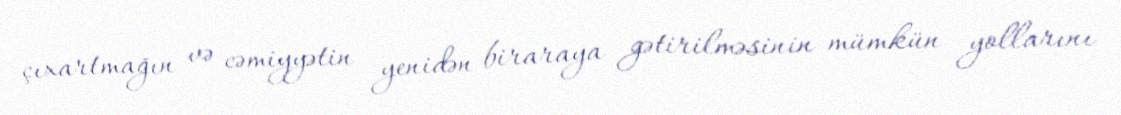
çıxartmağın və cəmiyyətin yenidən biraraya gətirilməsinin mümkün yollarını